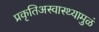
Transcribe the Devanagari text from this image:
प्रकृतिअस्वास्थ्यामुळं